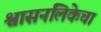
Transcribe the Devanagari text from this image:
श्वासनलिकेचा